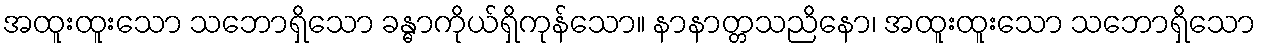
အထူးထူးသော သဘောရှိသော ခန္ဓာကိုယ်ရှိကုန်သော။ နာနာတ္တသညိနော၊ အထူးထူးသော သဘောရှိသော